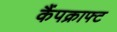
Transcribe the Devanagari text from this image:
कैंपक्राफ्ट